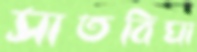
সাতবিঘা